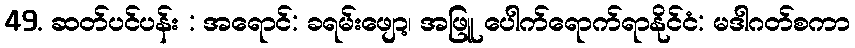
49. ဆတ်ပင်ပန်း : အရောင်: ခရမ်းဖျော့၊ အဖြူ ပေါက်ရောက်ရာနိုင်ငံ: မဒါဂတ်စကာ